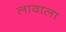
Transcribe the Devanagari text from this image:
लावाला